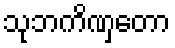
သုဘကိဏှတော